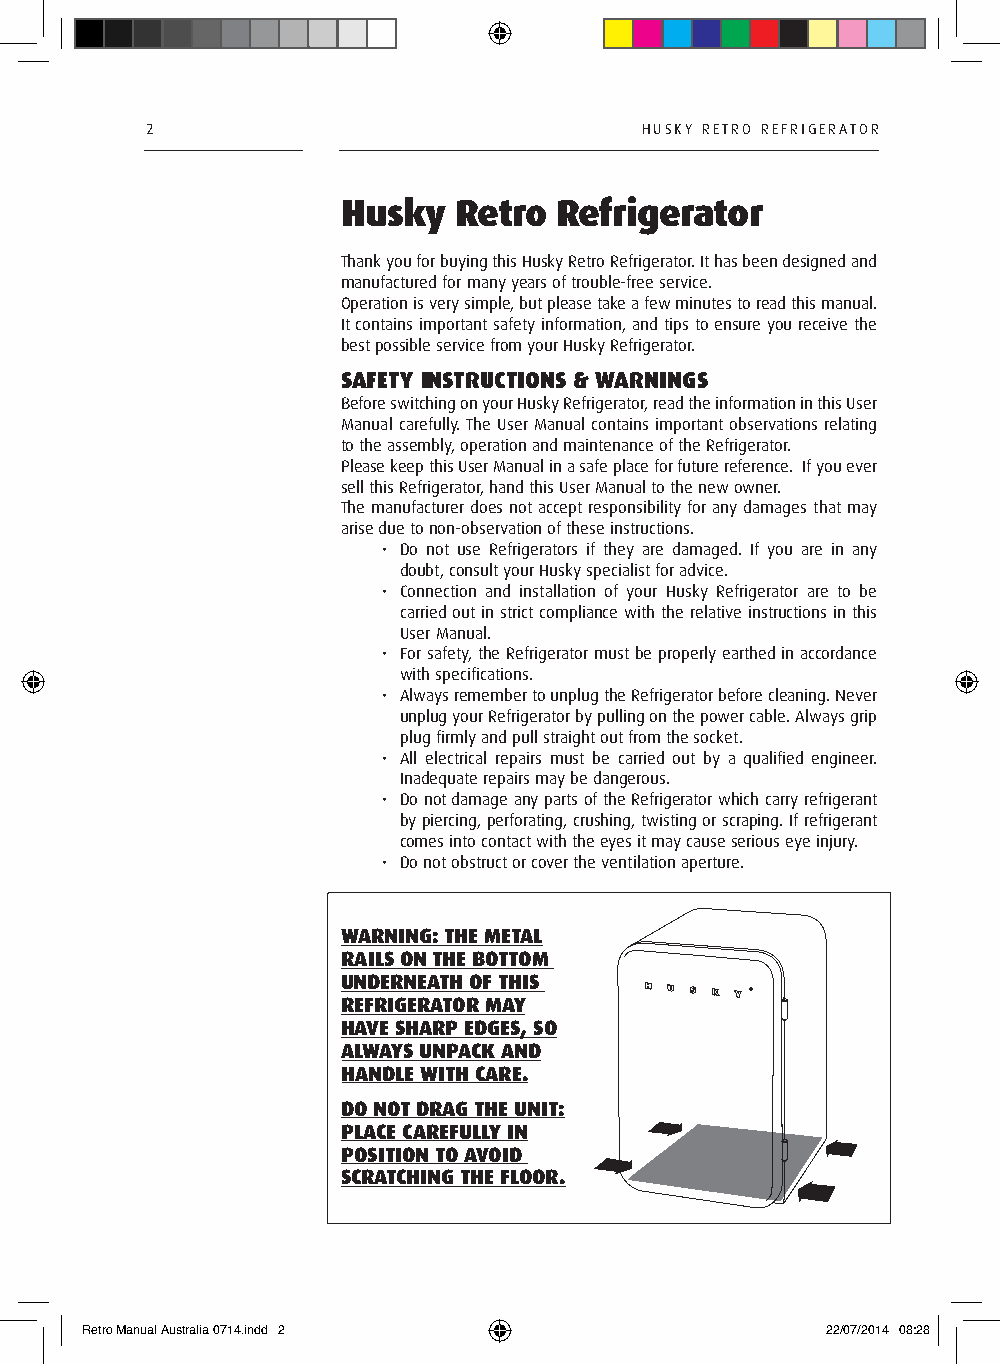
2                               HUsky RETRO REFRIGERATOR
 Husky  Retro  Refrigerator
 Thank you for buying this Husky Retro Refrigerator. It has been designed and
 manufactured for many years of trouble-free service.
 Operation is very simple, but please take a few minutes to read this manual.
 It contains important safety information, and tips to ensure you receive the
 best possible service from your Husky Refrigerator.
 SAFETY INSTRUCTIONS & WARNINGS
 Before switching on your Husky Refrigerator, read the information in this User
 Manual carefully. The User Manual contains important observa tions relating
 to the assembly, operation and maintenance of the Refrigerator.
 Please keep this User Manual in a safe place for future reference. If you ever
 sell this Refrigerator, hand this User Manual to the new owner.
 The manufacturer does not accept responsibility for any damages that may
 arise due to non-observation of these instructions.
 • Do not use Refrigerators if they are damaged. If you are in any
 doubt, consult your Husky specialist for advice.
 • Connection and installation of your Husky Refrigerator are to be
 carried out in strict compliance with the relative instructions in this
 User Manual.
 • For safety, the Refrigerator must be properly earthed in accordance
 with specifications.
 • Always remember to unplug the Refrigerator before cleaning. Never
 unplug your Refrigerator by pulling on the power cable. Always grip
 plug firmly and pull straight out from the socket.
 • All electrical repairs must be carried out by a qualified engineer.
 Inadequate repairs may be dangerous.
 • D o not damage any parts of the Refrigerator which carry refrigerant
 by piercing, perforating, crushing, twisting or scraping. If refrigerant
 comes into contact with the eyes it may cause serious eye injury.
 • Do not obstruct or cover the ventilation aperture.
 WARNING: THE METAL
 RAILS ON THE BOTTOM
 UNDERNEATH OF THIS
 REFRIGERATOR MAY
 HAVE SHARP EDGES, SO
 ALWAYS UNPACK AND
 HANDLE WITH CARE.
 DO NOT DRAG THE UNIT:
 PLACE CAREFULLY IN
 POSITION TO AVOID
 SCRATCHING THE FLOOR.
 Retro Manual Australia 0714.indd 2                22/07/2014 08:28